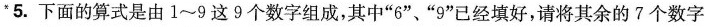
*5.下面的算式是由1~9这9个数字组成，其中”6”、”9”已经填好，请将其余的7个数字